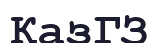
ҚазГЗ